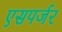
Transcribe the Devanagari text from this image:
एसपर्जर